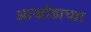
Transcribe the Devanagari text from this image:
आर्व्हाडाच्या